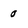
Character: 0